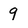
Character: 9